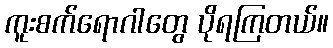
ကူးစက်ရောဂါတွေ ပိုရကြတယ်။